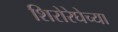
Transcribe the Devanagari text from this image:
शिरोरेघेच्या